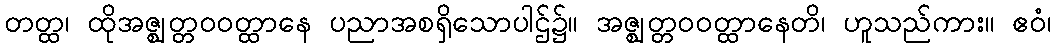
တတ္ထ၊ ထိုအဇ္ဈတ္တဝဝတ္ထာနေ ပညာအစရှိသောပါဌ်၌။ အဇ္ဈတ္တဝဝတ္ထာနေတိ၊ ဟူသည်ကား။ ဧဝံ၊